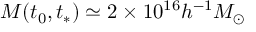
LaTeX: M ( t _ { 0 } , t _ { * } ) \simeq 2 \times 1 0 ^ { 1 6 } h ^ { - 1 } M _ { \odot }